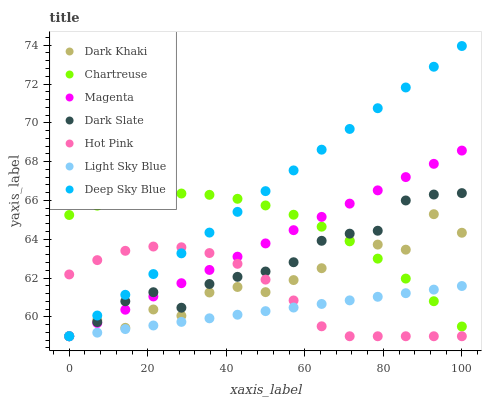
| xaxis_label | Dark Khaki | Chartreuse | Magenta | Dark Slate | Hot Pink | Light Sky Blue | Deep Sky Blue |
 | --- | --- | --- | --- | --- | --- | --- | --- |
 | 0 | 59 | 65.2 | 59 | 59 | 62.2 | 59 | 59 |
 | 7.14 | 59.8 | 65.7 | 59.7 | 59.7 | 62.9 | 59.2 | 60.1 |
 | 14.3 | 59.4 | 66.1 | 60.4 | 60.8 | 63.4 | 59.4 | 61.1 |
 | 21.4 | 60.4 | 66.3 | 61.1 | 61.3 | 63.6 | 59.6 | 62.2 |
 | 28.6 | 60.1 | 66.4 | 61.7 | 60.5 | 63.6 | 59.7 | 63.3 |
 | 35.7 | 61.3 | 66.3 | 62.4 | 61.7 | 63.3 | 59.9 | 64.3 |
 | 42.9 | 61.5 | 66.1 | 63.1 | 62.1 | 62.7 | 60.1 | 65.4 |
 | 50 | 61.3 | 65.7 | 63.8 | 62.3 | 61.9 | 60.3 | 66.5 |
 | 57.1 | 61.9 | 65.3 | 64.5 | 62.8 | 60.8 | 60.5 | 67.5 |
 | 64.3 | 62.5 | 64.6 | 65.2 | 63.9 | 59.5 | 60.7 | 68.6 |
 | 71.4 | 63.9 | 63.9 | 65.8 | 64.3 | 59 | 60.8 | 69.7 |
 | 78.6 | 63.7 | 63 | 66.5 | 64.4 | 59 | 61 | 70.8 |
 | 85.7 | 63.5 | 62 | 67.2 | 66 | 59 | 61.2 | 71.8 |
 | 92.9 | 65.3 | 60.8 | 67.9 | 66.3 | 59 | 61.4 | 72.9 |
 | 100 | 64.3 | 59.5 | 68.6 | 66.4 | 59 | 61.6 | 74 |